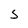
Character: S